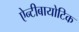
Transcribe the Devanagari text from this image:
ऐन्टीबायोटिक